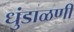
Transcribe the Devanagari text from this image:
धुंडाळणी